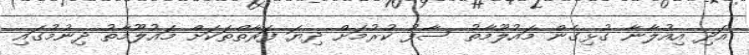
އަދި އިއުލާނާ ގުޅިގެން މައުލޫމާތު ސާފު ކުރުމަށް ދިޔަ ފަރާތްތަކަށް މައުލޫމާތު ދިނުމުގައި